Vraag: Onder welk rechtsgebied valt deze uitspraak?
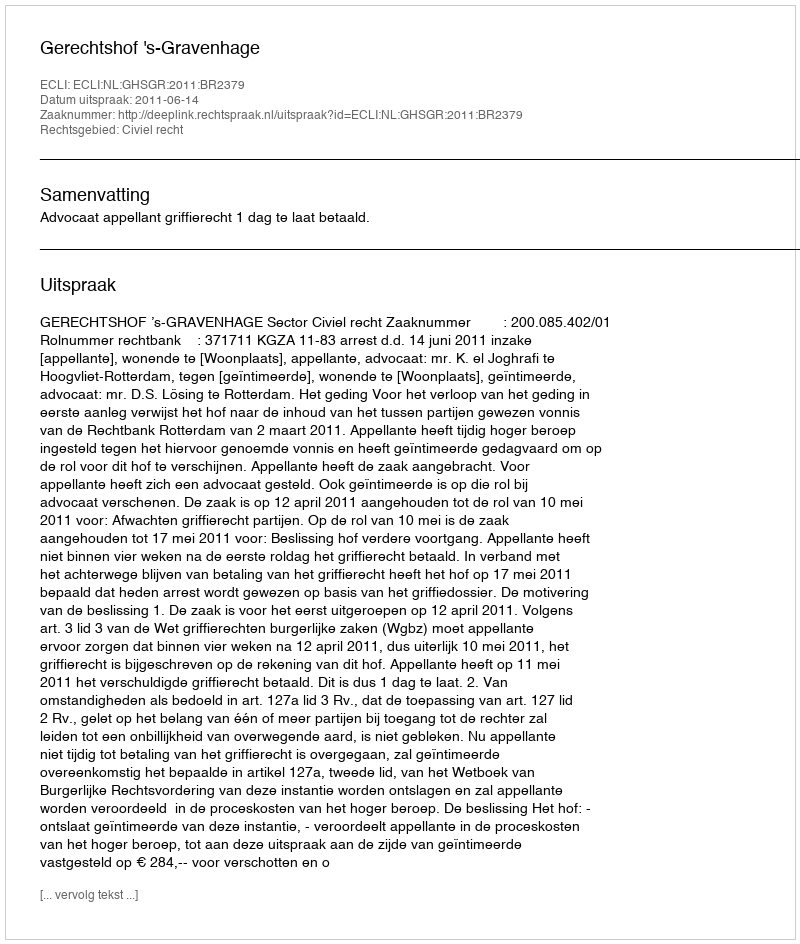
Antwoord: Civiel recht